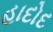
હાદોદ